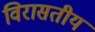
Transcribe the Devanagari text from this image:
विरासतीय